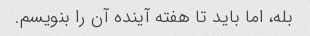
بله، اما باید تا هفته آینده آن را بنویسم.